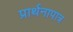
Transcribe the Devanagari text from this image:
प्रार्थनापात्र